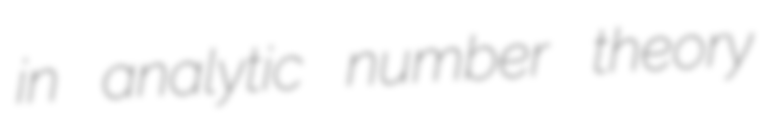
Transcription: in analytic number theory